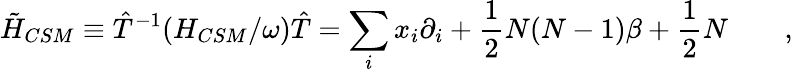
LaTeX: \tilde{H}_{CSM}\equiv{\hat{T}^{-1}}(H_{CSM}/\omega)\hat{T}=\sum_{i}x_{i}\partial_{i}+\frac{1}{2}N(N-1)\beta+\frac{1}{2}N\qquad,